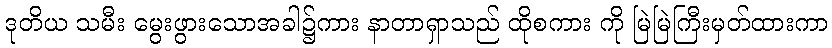
ဒုတိယ သမီး မွေးဖွားသောအခါ၌ကား နာတာရှာသည် ထိုစကား ကို မြဲမြဲကြီးမှတ်ထားကာ